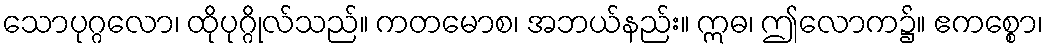
သောပုဂ္ဂလော၊ ထိုပုဂ္ဂိုလ်သည်။ ကတမောစ၊ အဘယ်နည်း။ ဣဓ၊ ဤလောက၌။ ဧကစ္စော၊